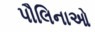
પૌલિનાઓ